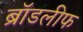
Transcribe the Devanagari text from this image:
ब्रॉडलीफ